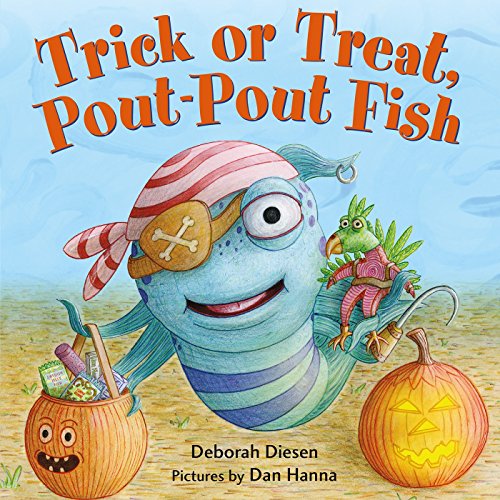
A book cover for Trick or Treat, Pout-Pout Fish (A Pout-Pout Fish Mini Adventure); Deborah Diesen; Children's Books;